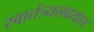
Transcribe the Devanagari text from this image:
स्वातंत्र्यलढयात